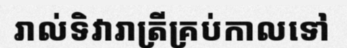
រាល់ទិវារាត្រីគ្រប់កាលទៅ